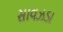
સાવઝડા